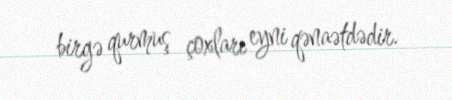
birgə qurmuş çoxları eyni qənaətdədir.